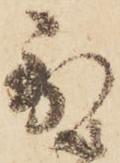
到